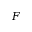
\boldsymbol { F }